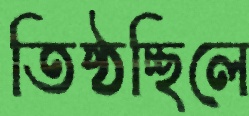
তিষ্ঠচ্ছিলে